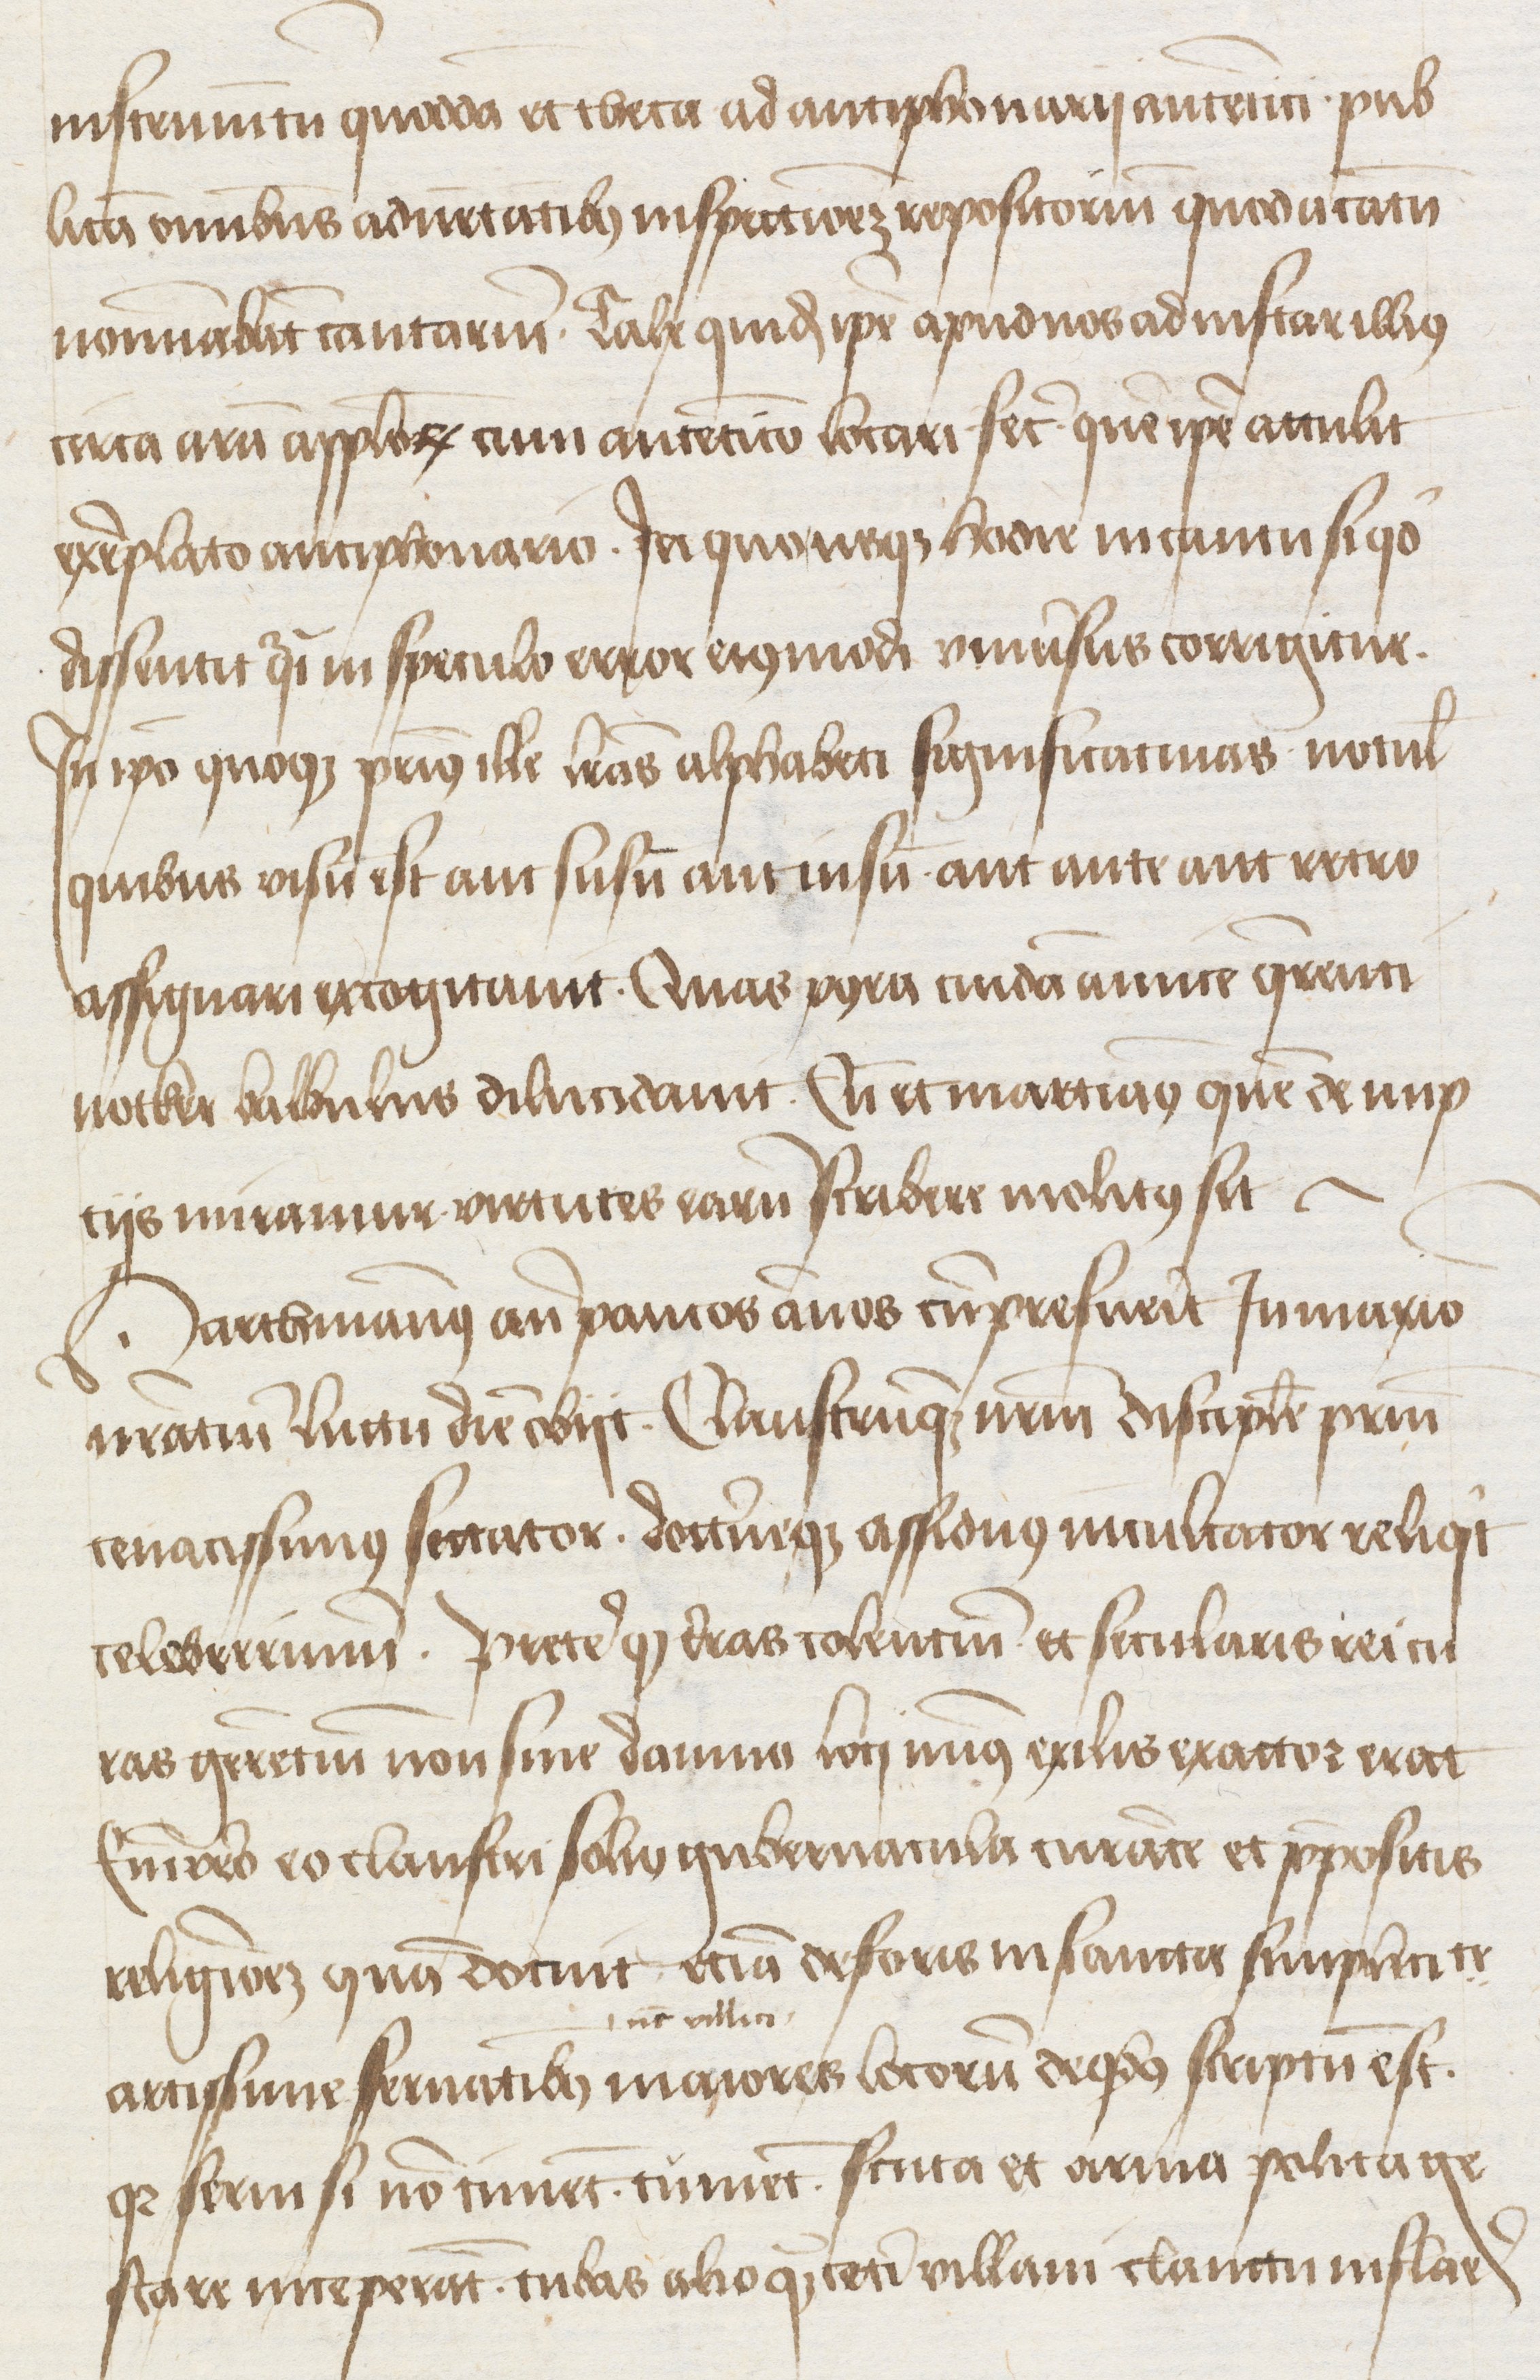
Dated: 1400–1499